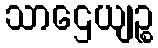
သာဌေယျဉ္စ